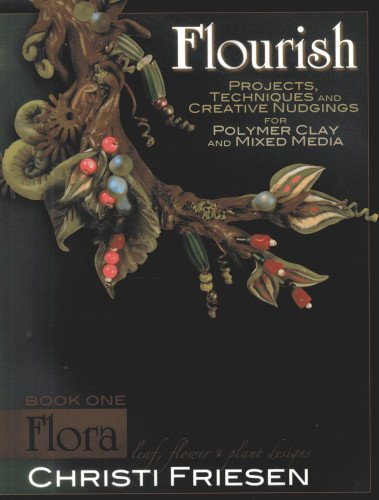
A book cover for Flourish Book 1 Flora: Leaf, Flower, and Plant Designs; Christi Friesen; Crafts, Hobbies & Home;